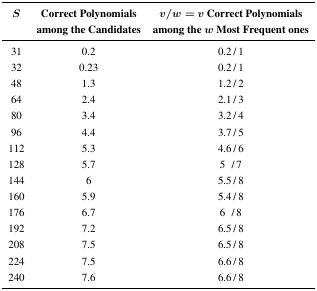
<table><thead><tr><td><b><i>S</i></b></td><td><b>Correct Polynomials among the Candidates</b></td><td><b><i>v/w</i> = <i>v</i> Correct Polynomials among the <i>w</i> Most Frequent ones</b></td></tr></thead><tbody><tr><td>31</td><td>0.2</td><td>0.2 / 1</td></tr><tr><td>32</td><td>0.23</td><td>0.2 / 1</td></tr><tr><td>48</td><td>1.3</td><td>1.2 / 2</td></tr><tr><td>64</td><td>2.4</td><td>2.1 / 3</td></tr><tr><td>80</td><td>3.4</td><td>3.2 / 4</td></tr><tr><td>96</td><td>4.4</td><td>3.7 / 5</td></tr><tr><td>112</td><td>5.3</td><td>4.6 / 6</td></tr><tr><td>128</td><td>5.7</td><td>5 /7</td></tr><tr><td>144</td><td>6</td><td>5.5 / 8</td></tr><tr><td>160</td><td>5.9</td><td>5.4 / 8</td></tr><tr><td>176</td><td>6.7</td><td>6 /8</td></tr><tr><td>192</td><td>7.2</td><td>6.5 / 8</td></tr><tr><td>208</td><td>7.5</td><td>6.5 / 8</td></tr><tr><td>224</td><td>7.5</td><td>6.6 / 8</td></tr><tr><td>240</td><td>7.6</td><td>6.6 / 8</td></tr></tbody></table>